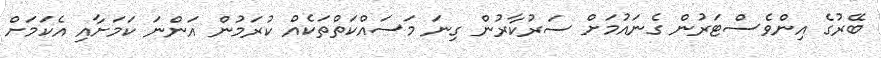
ބޭރުގެ އިންވެސްޓަރުން ގެނައުމަށް ސަރުކާރުން ގިނަ މަސައްކަތްތަކެއް ކުރަމުން އަންނަ ކަމަށާއި އެކަމަށް